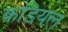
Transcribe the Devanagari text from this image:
कडियल